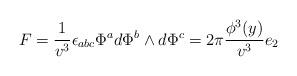
LaTeX: \begin{align*} F = \frac1{ v^3}\epsilon_{abc} \Phi^a d\Phi^b \wedge d\Phi^c = 2\pi\frac {\phi^3(y)}{v^3} e_2\end{align*}